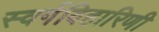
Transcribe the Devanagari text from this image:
स्वर्गविहारिणी